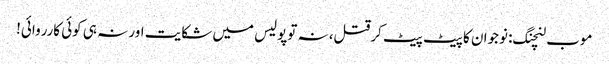
موب لنچنگ: نوجوان کا پیٹ پیٹ کرقتل، نہ توپولیس میں شکایت اور نہ ہی کوئی کارروائی!